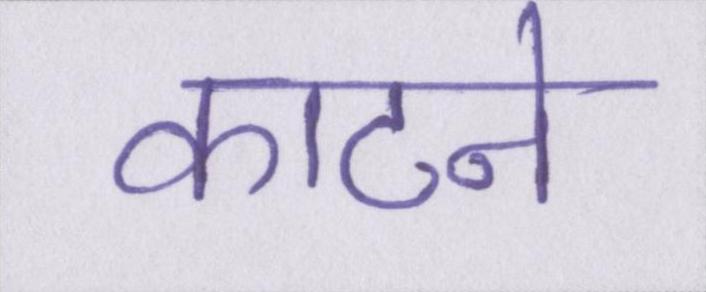
काटने